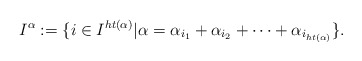
\begin{align*}I^{\alpha}:=\{i\in I^{ht(\alpha)}|\alpha=\alpha_{i_1}+\alpha_{i_2}+\dots+\alpha_{i_{ht(\alpha)}}\}.\end{align*}